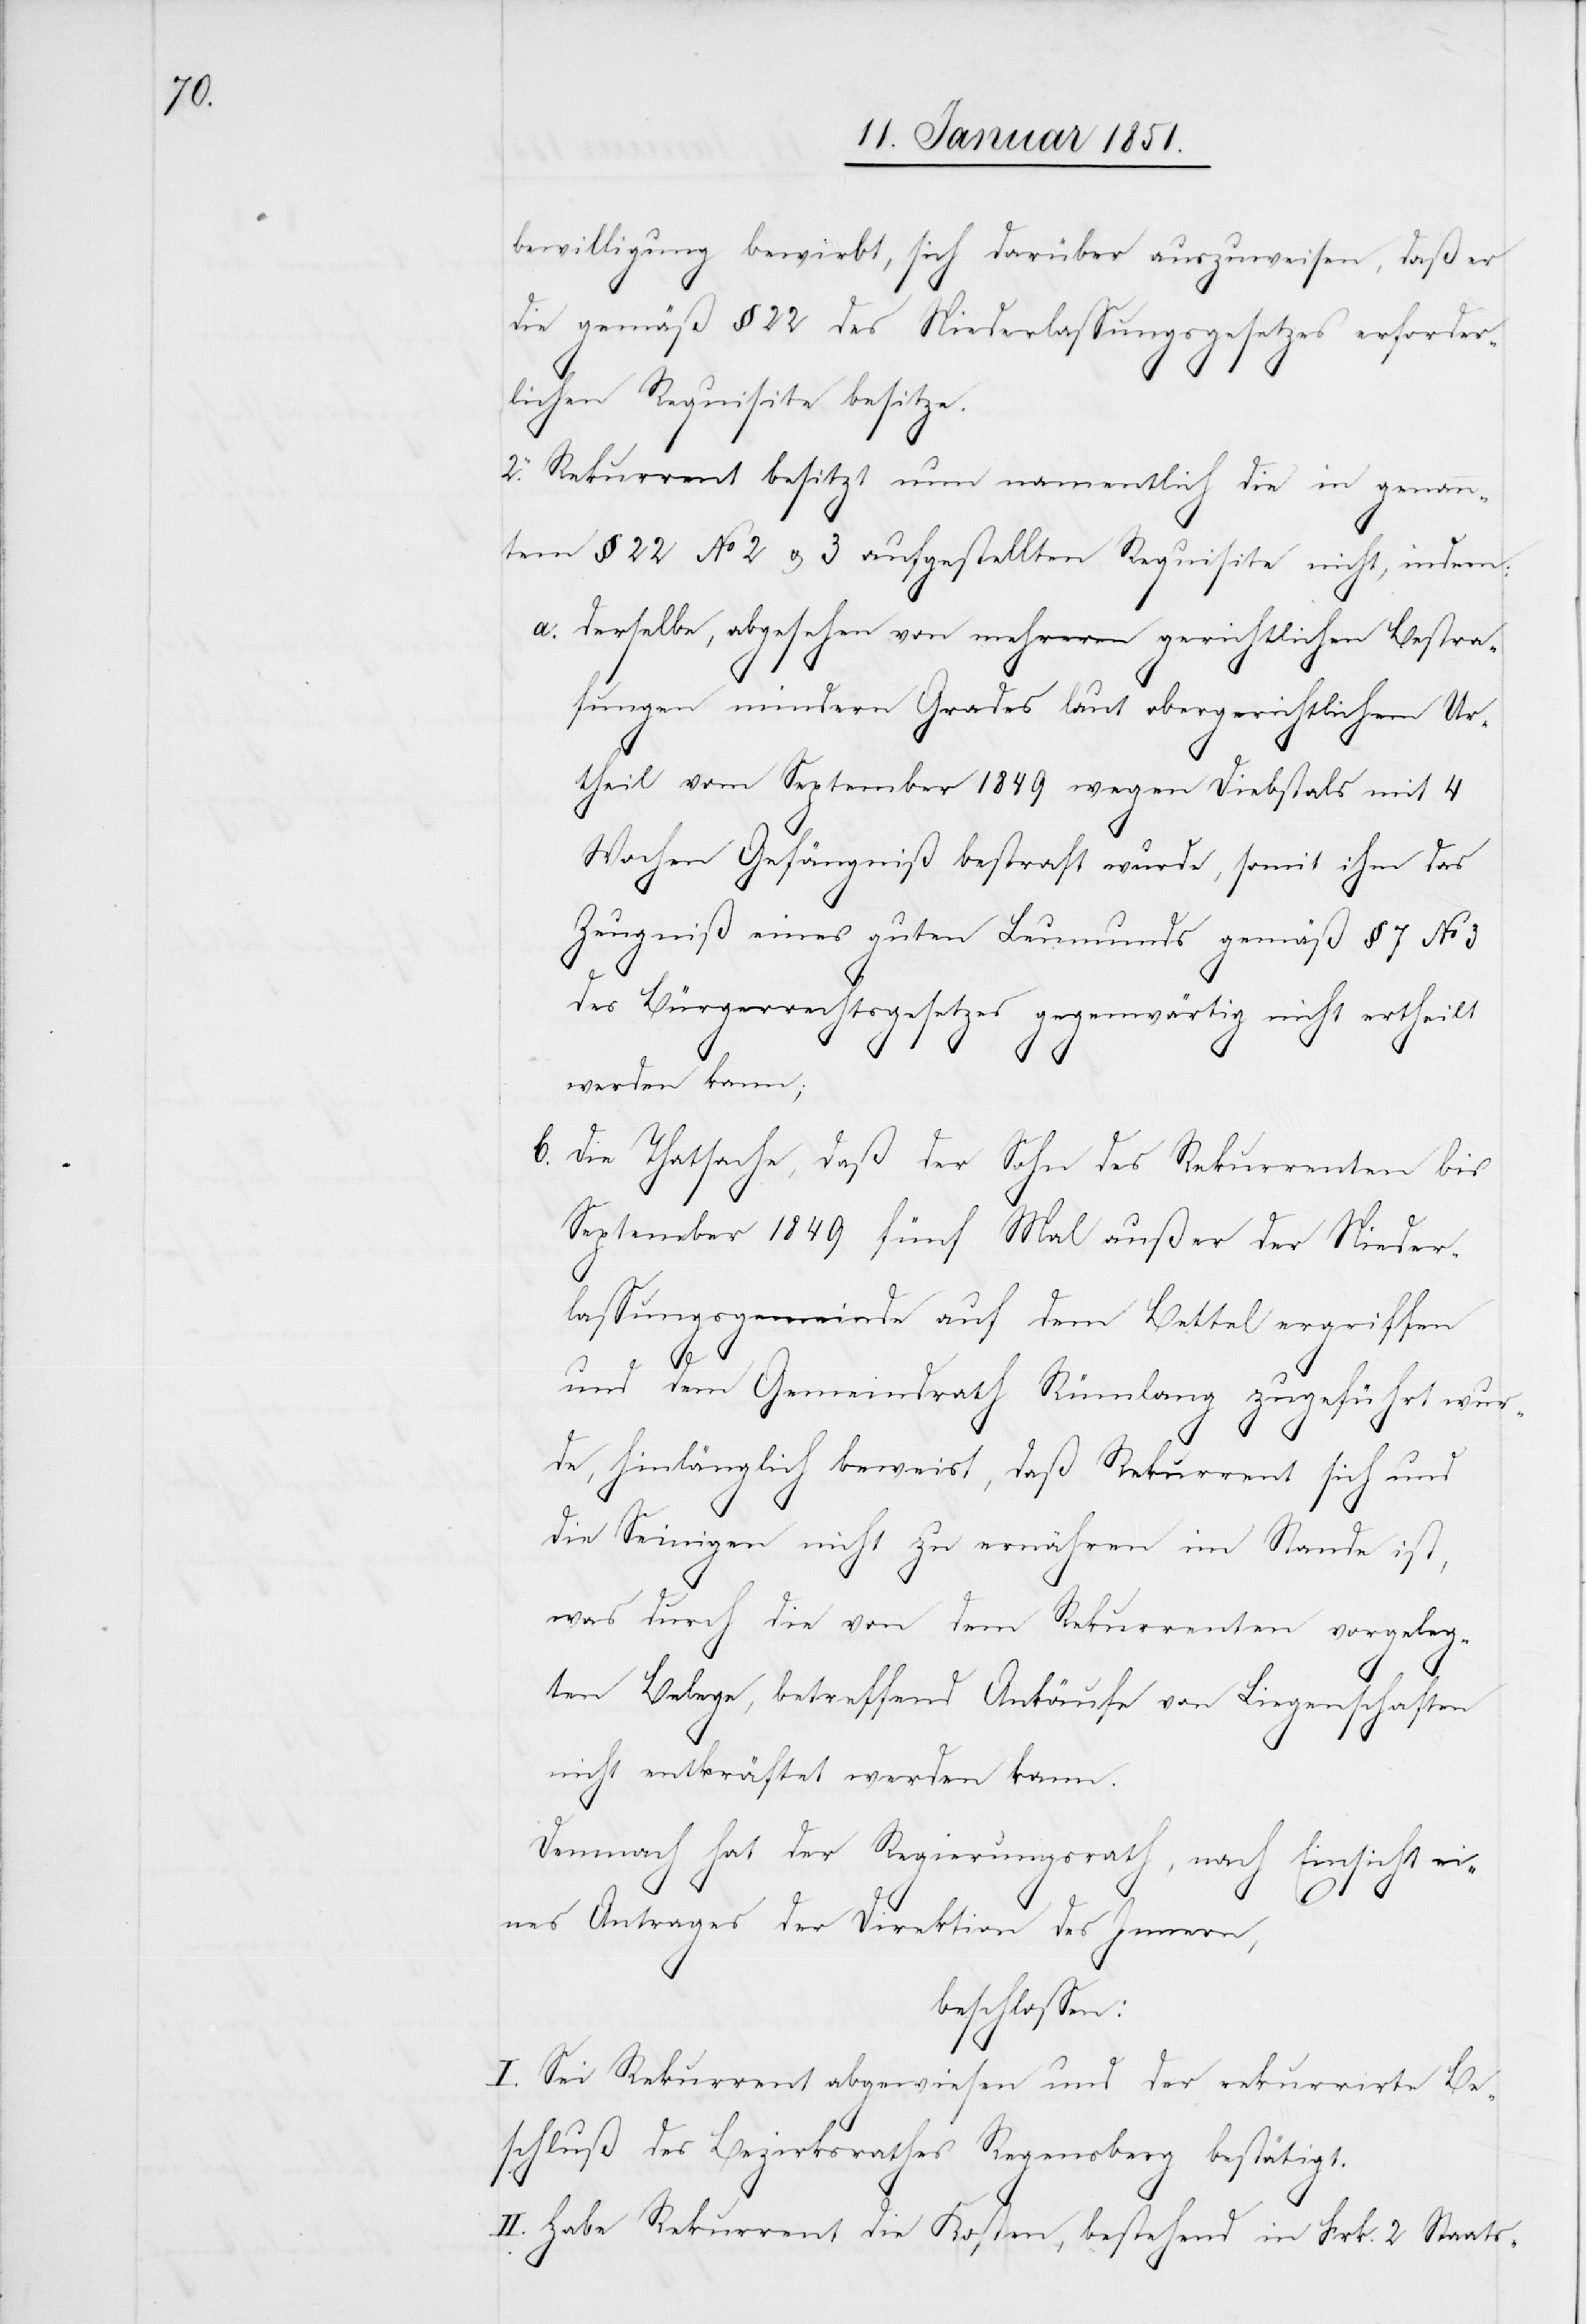
bewilligung bewirbt, sich darüber auszuweisen, daß er
die gemäß § 22 des Niederlassungsgesetzes erforder¬
lichen Requisite besitze.
2. Rekurrent besitzt nun namentlich die in genann¬
tem § 22 No 2 u. 3 aufgestellten Requisite nicht, indem:
derselbe, abgesehen von mehreren gerichtlichen Bestra¬
a.
fungen mindern Grades laut obergerichtlichem Ur¬
theil vom September 1849 wegen Diebsta[h]ls mit 4
Wochen Gefängniß bestraft wurde, somit ihm das
Zeugniß eines guten Leumunds gemäß § 7 No 3
des Bürgerrechtsgesetzes gegenwärtig nicht ertheilt
s-[,]
werden kann;
Die Thatsache, daß der Sohn des Rekurrenten bis
September 1849 fünf Mal außer der Nieder¬
lassungsgemeinde auf dem Bettel ergriffen
und dem Gemeindrath Rümlang zugeführt wur¬
de, hinlänglich beweist, daß Rekurrent sich und
die Seinigen nicht zu ernähren im Stande ist,
was durch die von dem Rekurrenten vorgeleg¬
ten Belege, betreffend Ankäufe von Liegenschaften
nicht entkräftet werden kann.
Demnach hat der Regierungsrath, nach Einsicht ei¬
nes Antrages der Direktion des Innern,
beschlossen:
I. Sei Rekurrent abgewiesen und der rekurrirte Be¬
schluß des Bezirksrathes Regensberg bestätigt.
II. Habe Rekurrent die Kosten, bestehend in Frk. 2 Staat¬